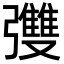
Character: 𪫄